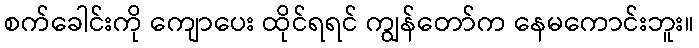
စက်ခေါင်းကို ကျောပေး ထိုင်ရရင် ကျွန်တော်က နေမကောင်းဘူး။